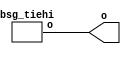


module top
(
  o
);

  output [31:0] o;

  bsg_tiehi
  wrapper
  (
    .o(o)
  );


endmodule



module bsg_tiehi
(
  o
);

  output [31:0] o;
  wire [31:0] o;
  assign o[0] = 1'b1;
  assign o[1] = 1'b1;
  assign o[2] = 1'b1;
  assign o[3] = 1'b1;
  assign o[4] = 1'b1;
  assign o[5] = 1'b1;
  assign o[6] = 1'b1;
  assign o[7] = 1'b1;
  assign o[8] = 1'b1;
  assign o[9] = 1'b1;
  assign o[10] = 1'b1;
  assign o[11] = 1'b1;
  assign o[12] = 1'b1;
  assign o[13] = 1'b1;
  assign o[14] = 1'b1;
  assign o[15] = 1'b1;
  assign o[16] = 1'b1;
  assign o[17] = 1'b1;
  assign o[18] = 1'b1;
  assign o[19] = 1'b1;
  assign o[20] = 1'b1;
  assign o[21] = 1'b1;
  assign o[22] = 1'b1;
  assign o[23] = 1'b1;
  assign o[24] = 1'b1;
  assign o[25] = 1'b1;
  assign o[26] = 1'b1;
  assign o[27] = 1'b1;
  assign o[28] = 1'b1;
  assign o[29] = 1'b1;
  assign o[30] = 1'b1;
  assign o[31] = 1'b1;

endmodule